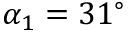
\alpha _ { 1 } = 3 1 ^ { \circ }